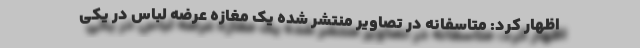
اظهار کرد: متاسفانه در تصاویر منتشر شده یک مغازه عرضه لباس در یکی